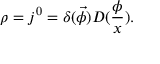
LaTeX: \rho = j ^ { 0 } = \delta ( \vec { \phi } ) D ( \frac \phi x ) .